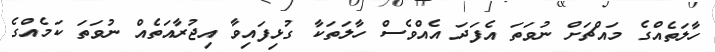
ހާލަތެއްގެ މައްޗަށް ނުވަތަ އެފަދަ އެއްވެސް ހާލަތަކާ ގުޅިފައިވާ އިޖުރާއަތެއް ނުވަތަ ކަމެއްގެ